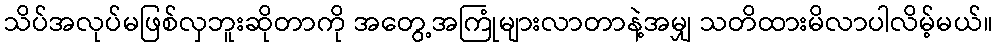
သိပ်အလုပ်မဖြစ်လှဘူးဆိုတာကို အတွေ့အကြုံများလာတာနဲ့အမျှ သတိထားမိလာပါလိမ့်မယ်။